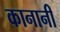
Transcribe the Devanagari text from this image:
कानानी